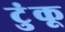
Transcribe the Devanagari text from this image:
टुंकू